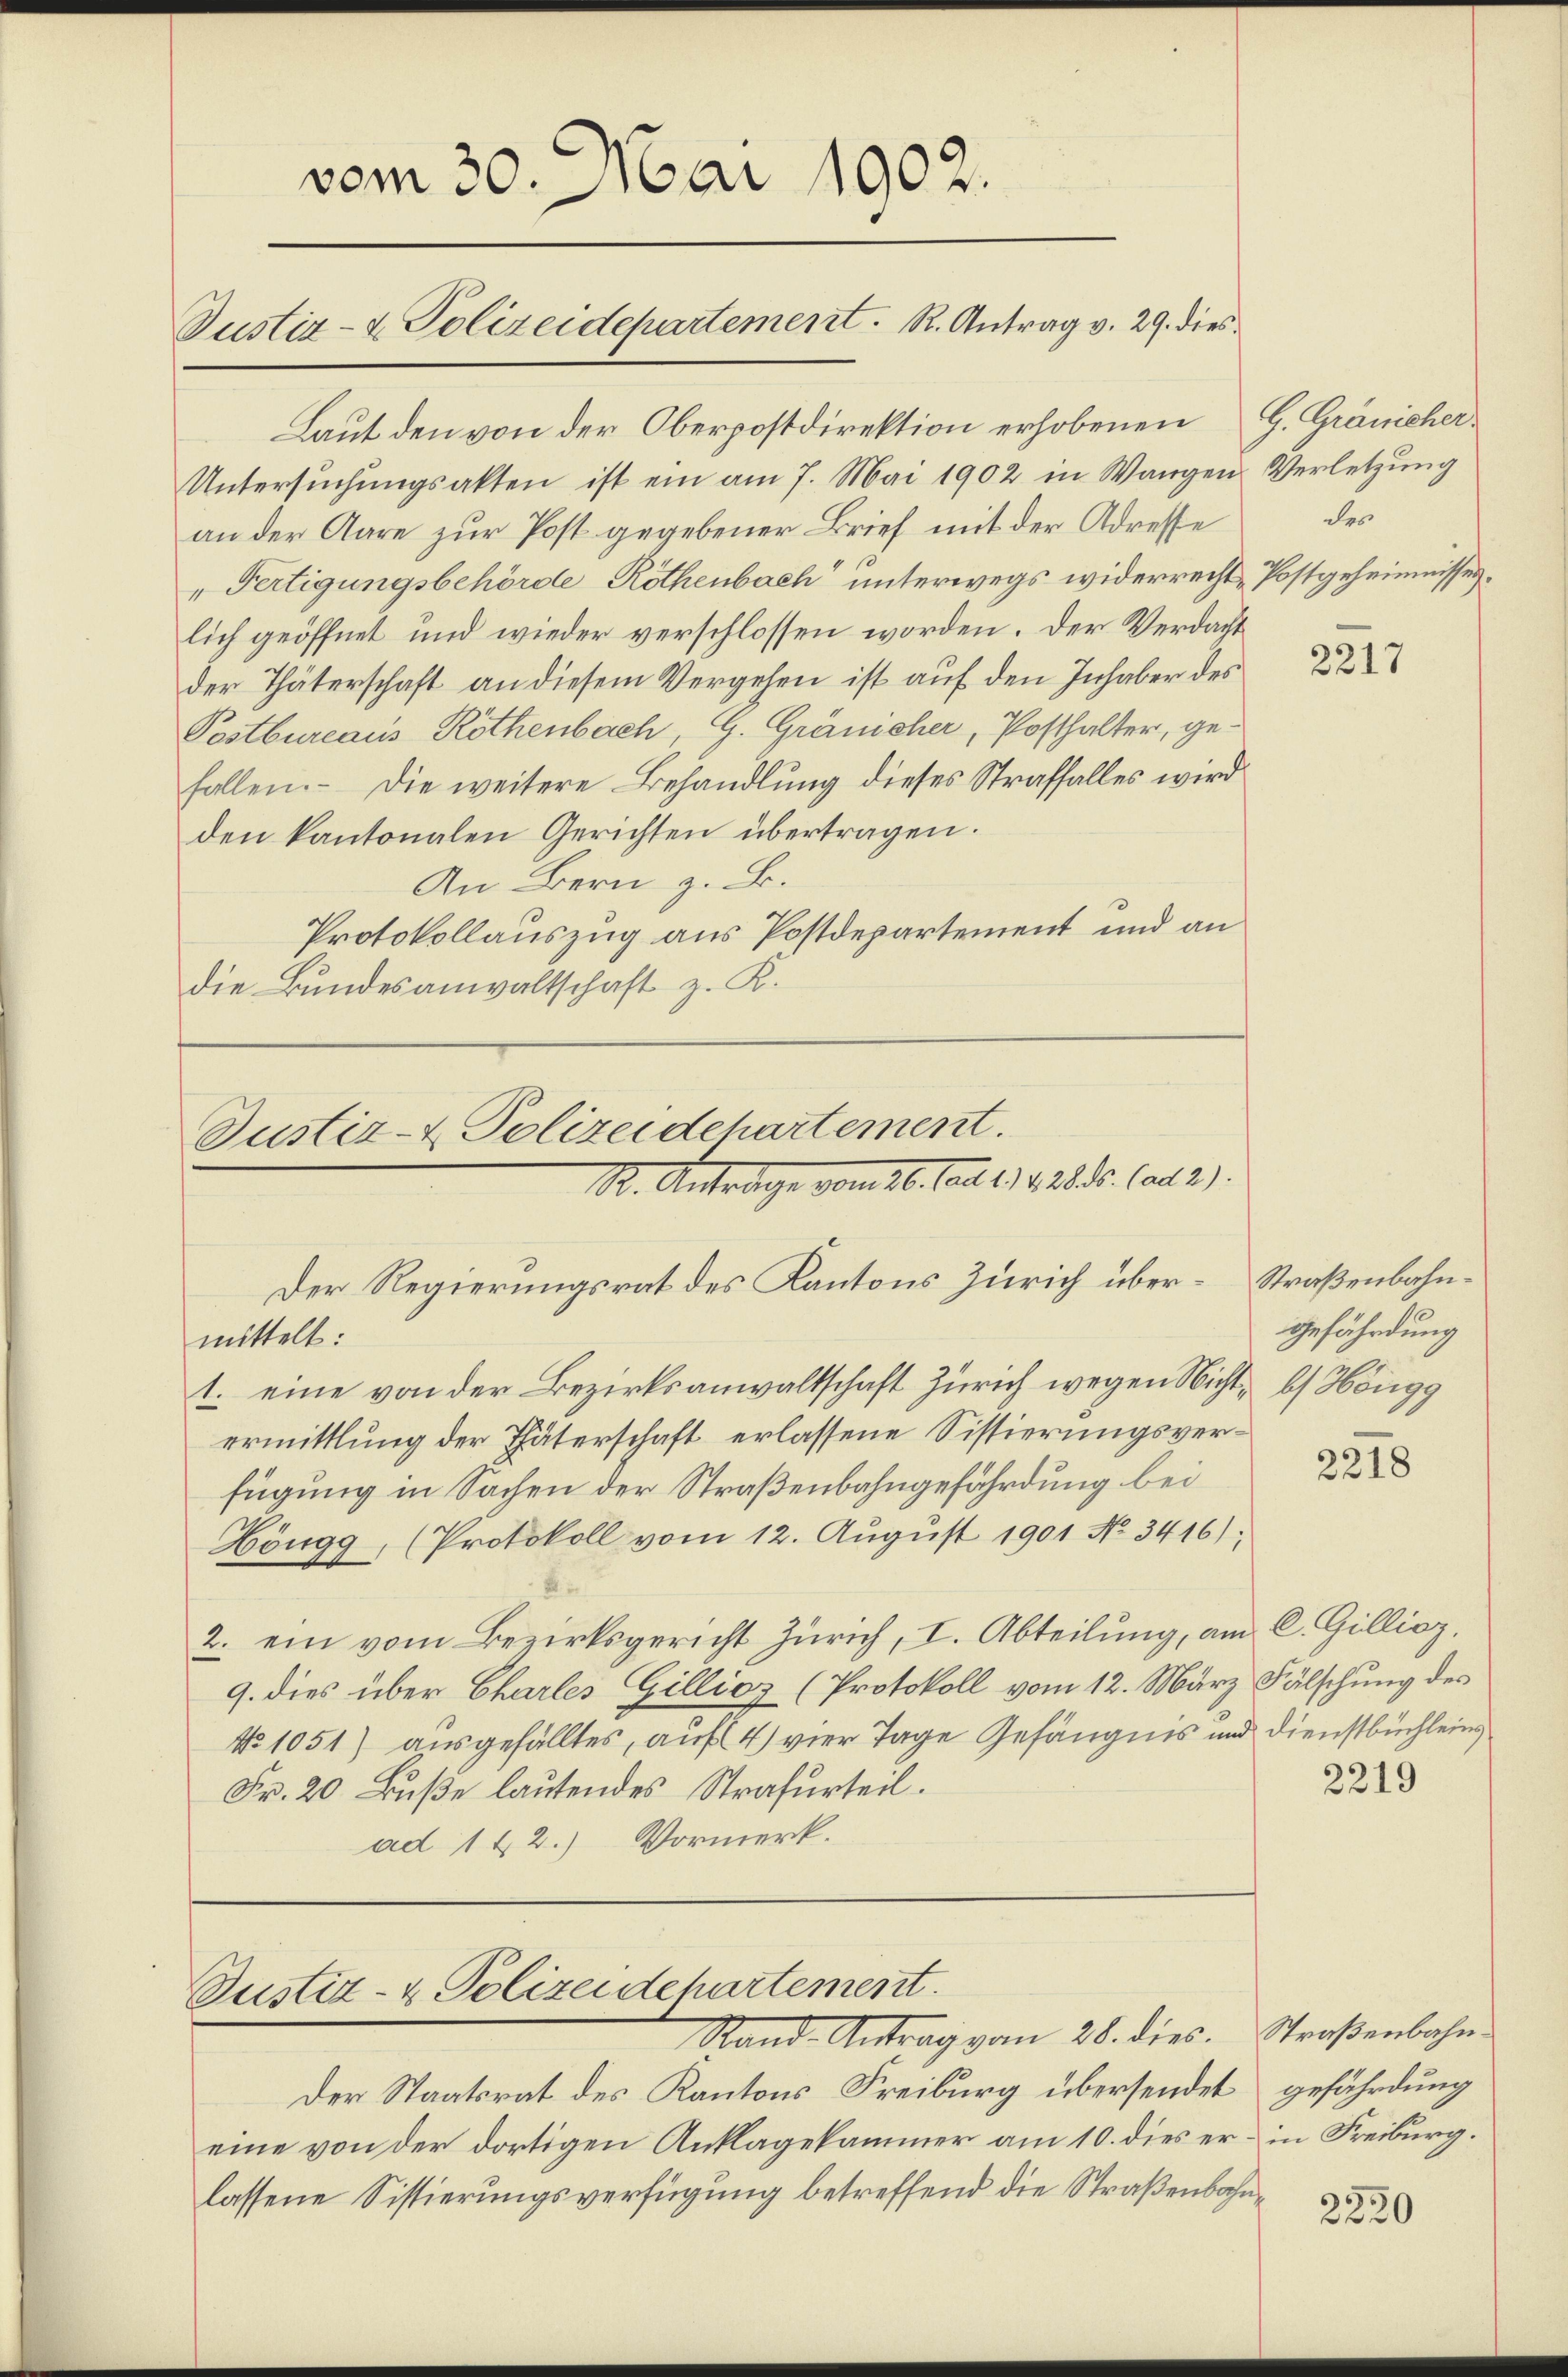
vom 30. Mai 1902.
Justiz- & Polizeidepartement. R. Antrag v. 29. dies

Laut den von der Oberpostdirektion erhobenen
Untersuchungsakten ist ein am 7. Mai 1902 in Wangen Verletzung
an der Aare zur Post gegebener Brief mit der Adresse
"Fertigungsbehörde Röthenbach unterwegs widerrecht Postgeheimnisses.
lich geöffnet und wieder verschlossen worden. Der Verdacht
der Thäterschaft an diesem Vergehen ist auf den Inhaber des
Postbureaus Röthenbach, G. Gränicher, Posthalter, gefallen. - Die weitere Behandlung dieses Straffalles wird
den kantonalen Gerichten übertragen.
An Bern z. B.
Protokollauszug aus Postdepartement und an
die Bundesanwaltschaft z. K.

Justiz- & Polizeidehartement.
R. Antrage vom 26. Mai 191. 28.5. (ad 2.

Der Regierungsrat des Kantons Zürich über-Straßenbahnmittelt:
1. eine von der Bezirksanwaltschaft Zürich wegen Nicht, b) Höngg
ermittlung der Thäterschaft erlassene Sistierungsverfügung in Sachen der Straßenbahngefährdung bei
Höngg, (Protokoll vom 12. August 1901 No 3416),
2. ein vom Bezirksgericht Zürich, I. Abteilung, am C. Gillioz.
9. dies über Charles Gillioz (Protokoll vom 12. März Fälschung des
No 1051) ausgefälltes, auf 4) vier Tage Gefängnis und Dienstbüchleins
Fr. 20 Buße lautendes Strafurteil.
ad 142.) Vormerk.

Justiz- & Polizeidepartement.

Stand Antrag vom 28. dies. Straßenbahn¬
Der Staatsrat des Kantons Freiburg übersendet gefährdung
eine von der dortigen Anklagekammer am 10. dies er in Freiburg.
lassene Sistierungsverfügung betreffend die Straßenbahn¬

G. Gränicher
des

2217

gefährdung

2218

2219

2220